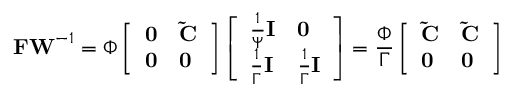
\mathbf { F W } ^ { - 1 } = \Phi \left[ \begin{array} { l l } { \mathbf { 0 } } & { \mathbf { \tilde { C } } } \\ { \mathbf { 0 } } & { \mathbf { 0 } } \end{array} \right] \left[ \begin{array} { l l } { \frac { 1 } { \Psi } \mathbf { I } } & { \mathbf { 0 } } \\ { \frac { 1 } { \Gamma } \mathbf { I } } & { \frac { 1 } { \Gamma } \mathbf { I } } \end{array} \right] = \frac { \Phi } { \Gamma } \left[ \begin{array} { l l } { \mathbf { \tilde { C } } } & { \mathbf { \tilde { C } } } \\ { \mathbf { 0 } } & { \mathbf { 0 } } \end{array} \right]